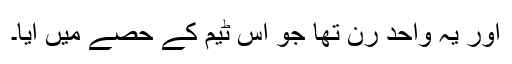
اور یہ واحد رن تھا جو اس ٹیم کے حصے میں آیا۔